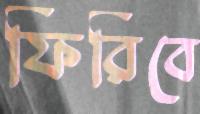
ফিরিবে